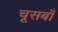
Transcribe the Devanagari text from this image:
चूसबाँ